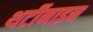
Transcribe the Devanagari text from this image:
थर्टीनाइन